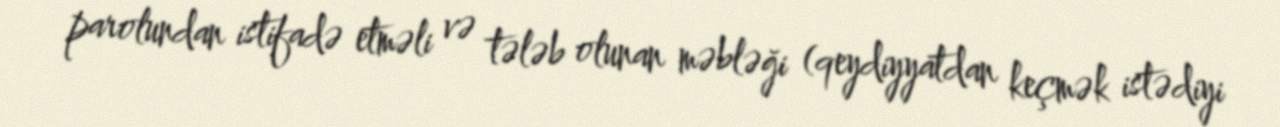
parolundan istifadə etməli və tələb olunan məbləği (qeydiyyatdan keçmək istədiyi